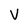
Character: V